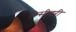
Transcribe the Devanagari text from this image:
रिसीवरी